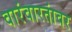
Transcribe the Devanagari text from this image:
वारंवारतांवर